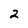
Character: 2